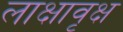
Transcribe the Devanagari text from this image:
लाक्षावृक्ष